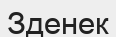
Зденек